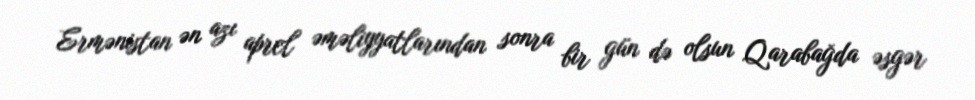
Ermənistan ən azı aprel əməliyyatlarından sonra bir gün də olsun Qarabağda əsgər